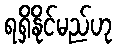
ရရှိနိုင်မည်ဟု